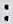
: